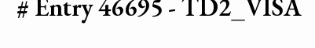
# Entry 46695 - TD2_VISA